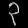
Digit: ၃